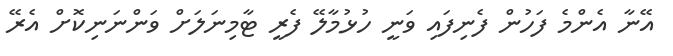
އޭނާ އެންމެ ފަހުން ފެނިފައި ވަނީ ހުޅުމާލޭ ފެރީ ޓާމިނަލަށް ވަންނަނިކޮށް އެރޭ